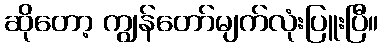
ဆိုတော့ ကျွန်တော်မျက်လုံးပြူးပြီ။